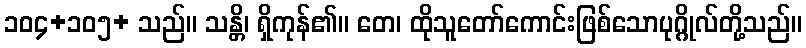
၁၀၄+၁၀၅+ သည်။ သန္တိ၊ ရှိကုန်၏။ တေ၊ ထိုသူတော်ကောင်းဖြစ်သောပုဂ္ဂိုလ်တို့သည်။